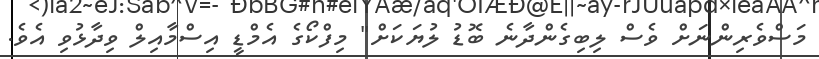
މަސްވެރިންނަށް ވެސް ލިބިގެންދާނެ ބޮޑު ލުޔަކަށް" މިފްކޯގެ އެމްޑީ އިސްމާއިލް ވިދާޅުވި އެވެ.